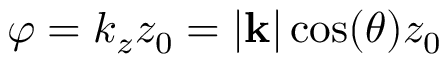
\varphi = k _ { z } z _ { 0 } = | \mathbf { k } | \cos ( \theta ) z _ { 0 }